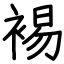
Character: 裼